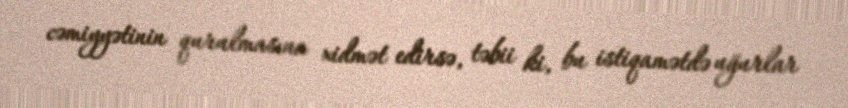
cəmiyyətinin qurulmasına xidmət edirsə, təbii ki, bu istiqamətdə uğurlar